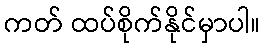
ကတ် ထပ်စိုက်နိုင်မှာပါ။